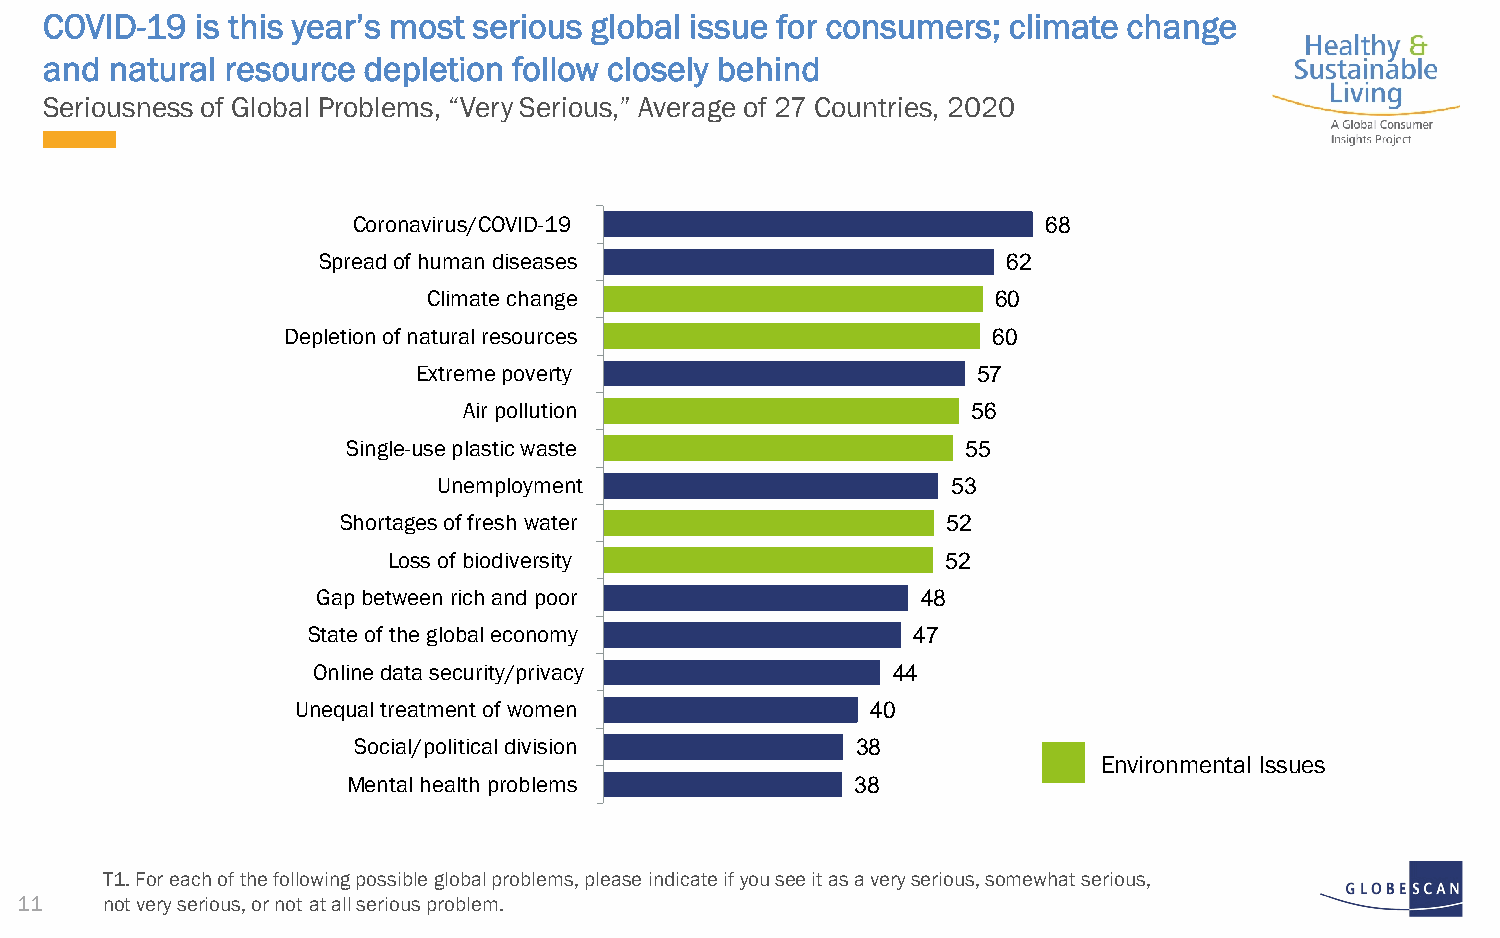
COVID-19  is this year’s most serious global issue for consumers; climate change
 and natural resource depletion follow closely behind
 Seriousness of Global Problems, “Very Serious,” Average of 27 Countries, 2020
 Coronavirus/COVID-19                          68
 Spread of human diseases                      62
 Climate change                        60
 Depletion of natural resources                 60
 Extreme poverty                      57
 Air pollution                    56
 Single-use plastic waste                 55
 Unemployment                      53
 Shortages of fresh water                52
 Loss of biodiversity                 52
 Gap between rich and poor               48
 State of the global economy             47
 Online data security/privacy          44
 Unequal treatment of women            40
 Social/political division         38
 Environmental Issues
 Mental health problems            38
 T1. For each of the following possible global problems, please indicate if you see it as a very serious, somewhat serious,
 11    not very serious, or not at all serious problem.